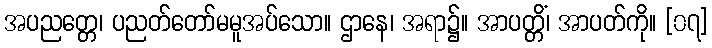
အပညတ္တေ၊ ပညတ်တော်မမူအပ်သော။ ဌာနေ၊ အရာ၌။ အာပတ္တိံ၊ အာပတ်ကို။ [၀၇]